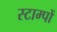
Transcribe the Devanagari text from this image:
स्टाम्पों